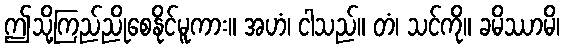
ဤသို့ကြည်ညိုစေနိုင်မူကား။ အဟံ၊ ငါသည်။ တံ၊ သင်ကို။ ခမိဿာမိ၊